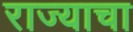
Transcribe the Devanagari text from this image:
राज्‍याचा